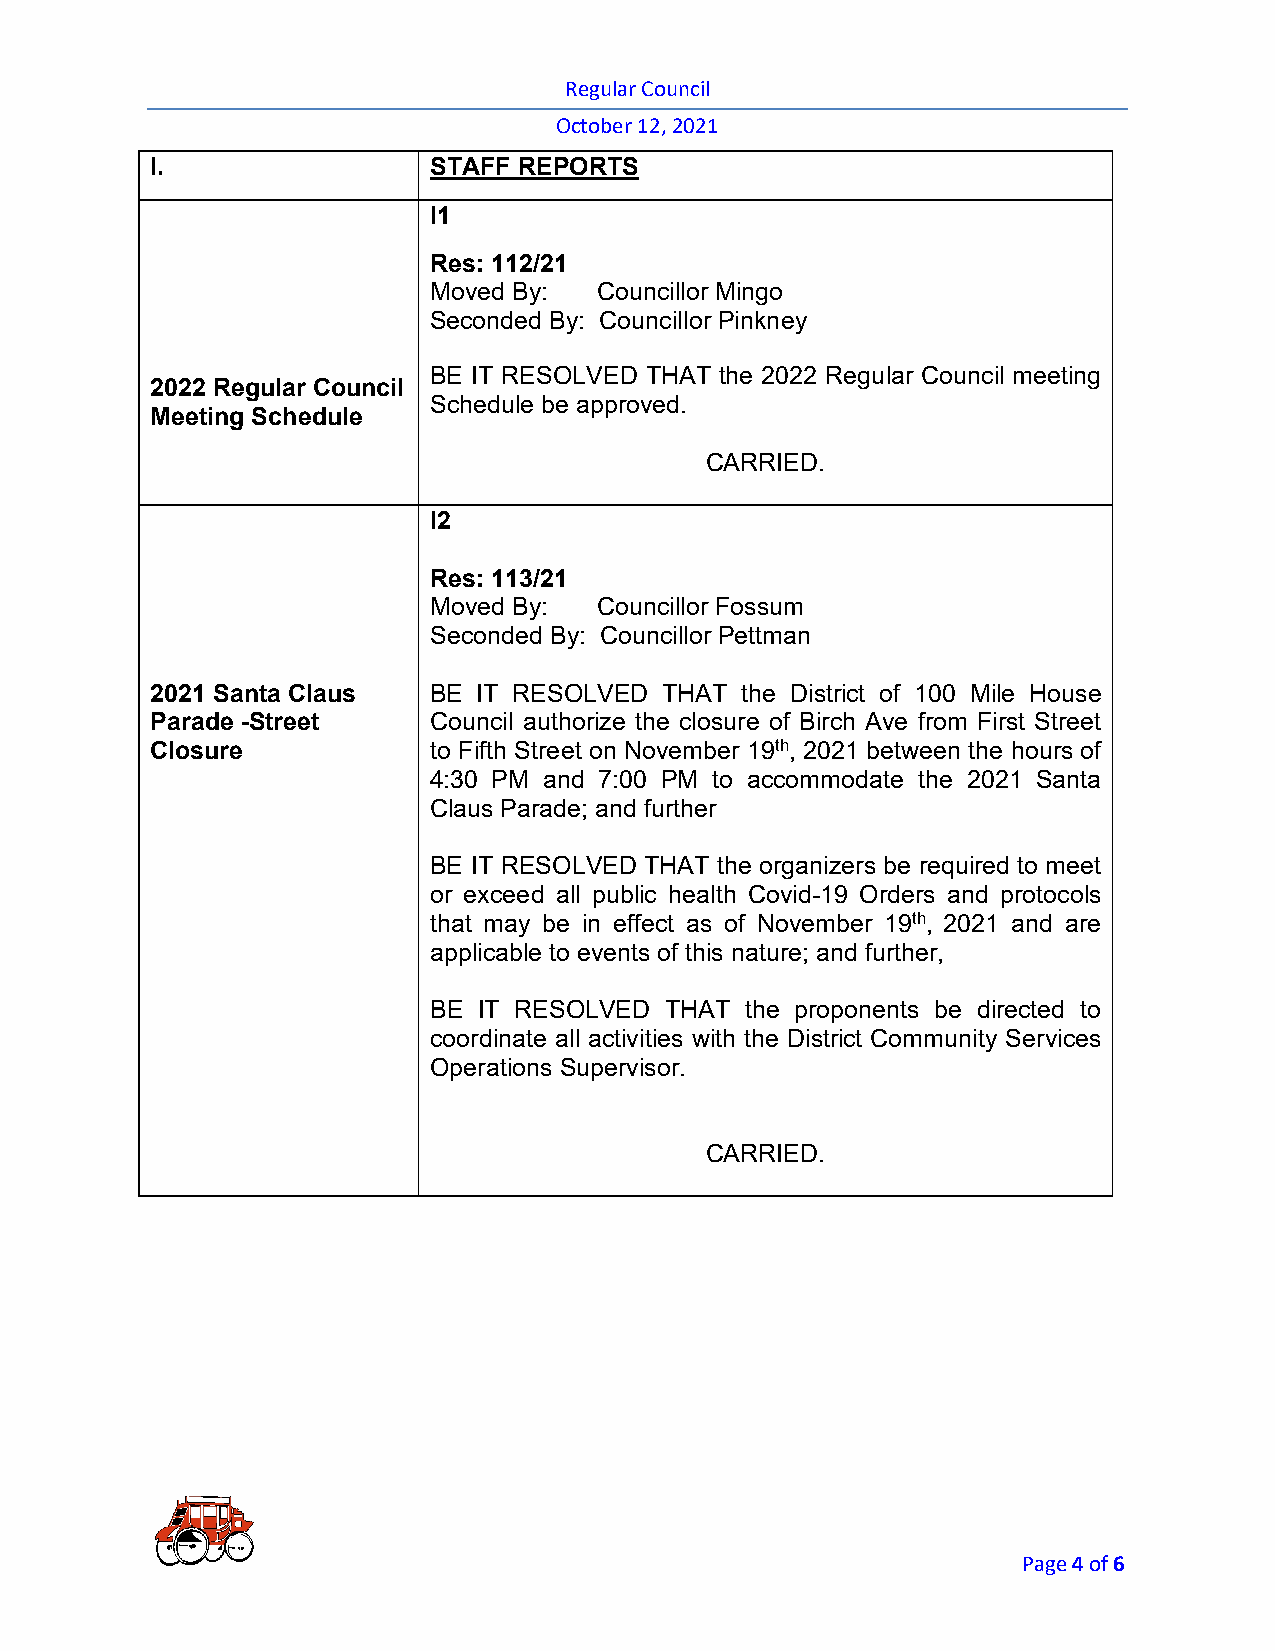
Regular Council
 October 12, 2021
 I.                STAFF REPORTS
 I1
 Res: 112/21
 Moved By:   Councillor Mingo
 Seconded By: Councillor Pinkney
 BE IT RESOLVED THAT the 2022 Regular Council meeting
 2022 Regular Council
 Schedule be approved.
 Meeting Schedule
 CARRIED.
 I2
 Res: 113/21
 Moved By:   Councillor Fossum
 Seconded By: Councillor Pettman
 2021 Santa Claus  BE  IT RESOLVED THAT the District of 100 Mile House
 Parade -Street    Council authorize the closure of Birch Ave from First Street
 Closure           to Fifth Street on November 19th, 2021 between the hours of
 4:30 PM and 7:00 PM to accommodate the 2021 Santa
 Claus Parade; and further
 BE IT RESOLVED THAT the organizers be required to meet
 or exceed all public health Covid-19 Orders and protocols
 that may be in effect as of November 19th, 2021 and are
 applicable to events of this nature; and further,
 BE  IT RESOLVED THAT the proponents be directed to
 coordinate all activities with the District Community Services
 Operations Supervisor.
 CARRIED.
 Page 4 of 6